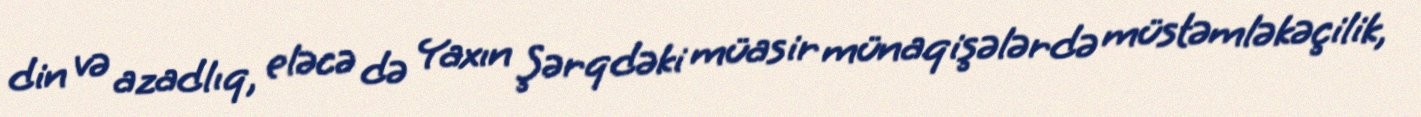
din və azadlıq, eləcə də Yaxın Şərqdəki müasir münaqişələrdə müstəmləkəçilik,